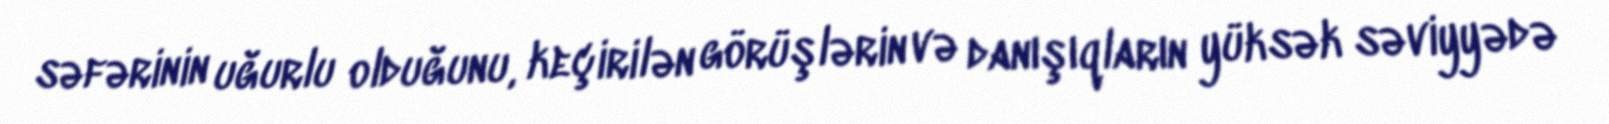
səfərinin uğurlu olduğunu, keçirilən görüşlərin və danışıqların yüksək səviyyədə